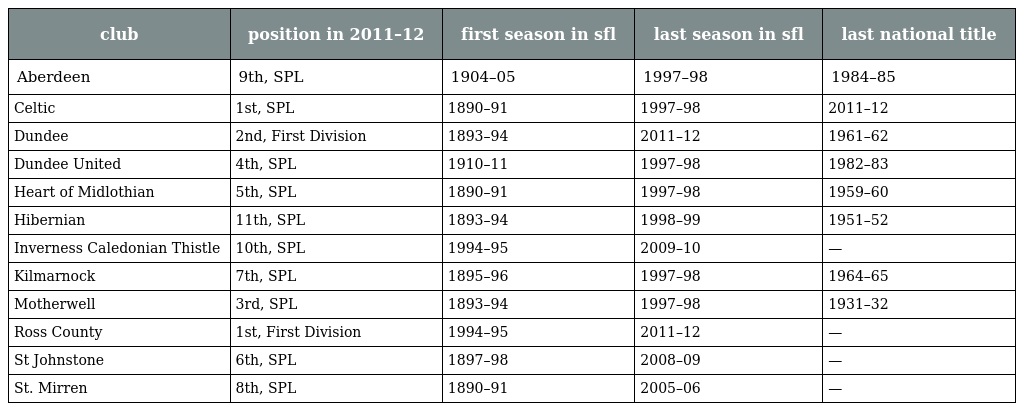
| club | position in 2011–12 | first season in sfl | last season in sfl | last national title |
 | --- | --- | --- | --- | --- |
 | Aberdeen | 9th, SPL | 1904–05 | 1997–98 | 1984–85 |
 | Celtic | 1st, SPL | 1890–91 | 1997–98 | 2011–12 |
 | Dundee | 2nd, First Division | 1893–94 | 2011–12 | 1961–62 |
 | Dundee United | 4th, SPL | 1910–11 | 1997–98 | 1982–83 |
 | Heart of Midlothian | 5th, SPL | 1890–91 | 1997–98 | 1959–60 |
 | Hibernian | 11th, SPL | 1893–94 | 1998–99 | 1951–52 |
 | Inverness Caledonian Thistle | 10th, SPL | 1994–95 | 2009–10 | — |
 | Kilmarnock | 7th, SPL | 1895–96 | 1997–98 | 1964–65 |
 | Motherwell | 3rd, SPL | 1893–94 | 1997–98 | 1931–32 |
 | Ross County | 1st, First Division | 1994–95 | 2011–12 | — |
 | St Johnstone | 6th, SPL | 1897–98 | 2008–09 | — |
 | St. Mirren | 8th, SPL | 1890–91 | 2005–06 | — |